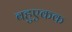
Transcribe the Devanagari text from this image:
बहुएकक